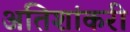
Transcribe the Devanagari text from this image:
अतिशांकरी